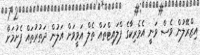
އިޒްރޭލުން ވެސް ވަނީ އެމެރިކާގެ ފްލައިޓްތައް ތެލް އަވީވަށް އަލުން ދަތުރުތައް ފެށުމަށް